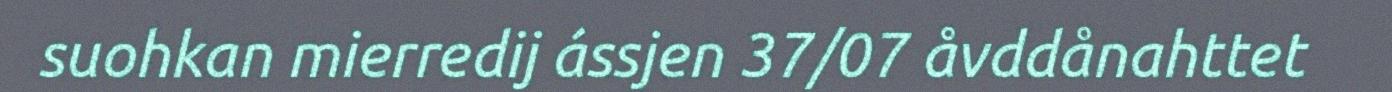
suohkan mierredij ássjen 37/07 åvddånahttet